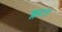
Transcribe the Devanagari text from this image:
क्लटर